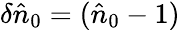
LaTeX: \delta\hat{n}_{0}=(\hat{n}_{0}-1)